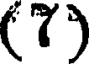
(7)